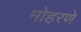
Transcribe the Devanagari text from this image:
मोहरणे